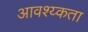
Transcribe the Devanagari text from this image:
आवश्य्कता